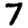
Digit: 7